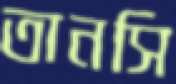
তানসি